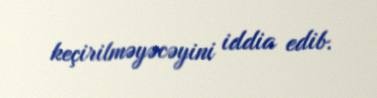
keçirilməyəcəyini iddia edib.